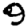
Digit: 9